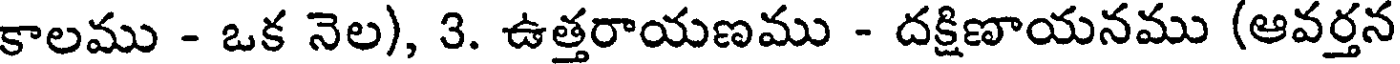
కాలము - ఒక నెల), 3. ఉత్తరాయణము - దక్షిణాయనము (ఆవర్తన